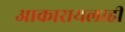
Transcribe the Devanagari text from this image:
आकारायलाही